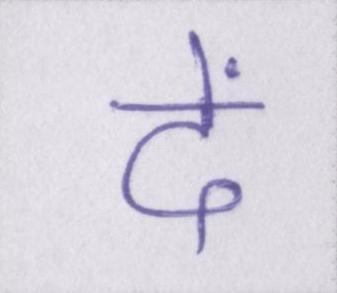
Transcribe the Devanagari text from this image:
दें